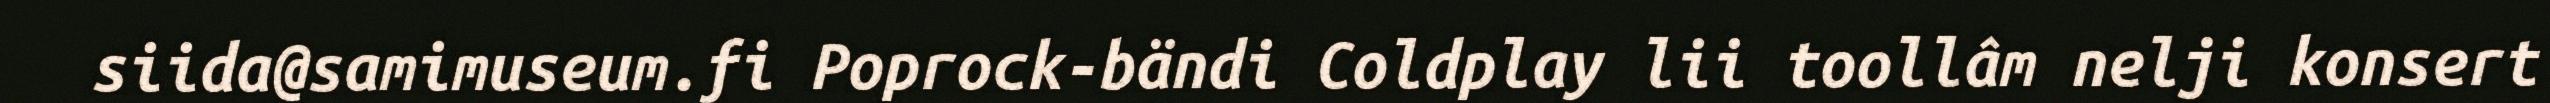
siida@samimuseum.fi Poprock-bändi Coldplay lii toollâm nelji konsert